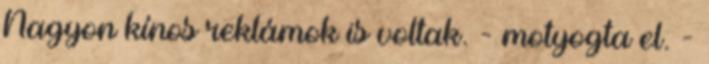
Nagyon kínos reklámok is voltak. - motyogta el. -